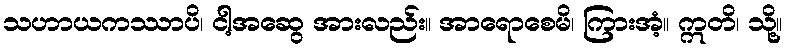
သဟာယကဿာပိ၊ ငါ့အဆွေ အားလည်း။ အာရောစေမိ၊ ကြားအံ့။ ဣတိ၊ သို့။